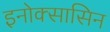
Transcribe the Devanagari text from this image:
इनोक्सासिन